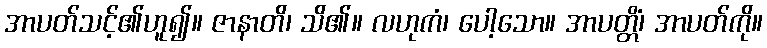
အာပတ်သင့်၏ဟူ၍။ ဇာနာတိ၊ သိ၏။ လဟုကံ၊ ပေါ့သော။ အာပတ္တိံ၊ အာပတ်ကို။